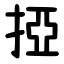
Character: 掗